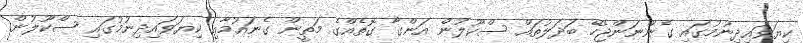
ކިޔަވައިދިނުމުގައި ގެންނަންޖެހޭ ބަދަލުތައް ސްކޫލުން އަންގާ ގޮތެއްގެ މަތީން ގެނައުމާއި ކިޔަވައިދިނުމުގައި ސްކޫލުން